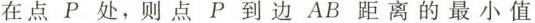
在点P处，则点P到边AB距离的最小值